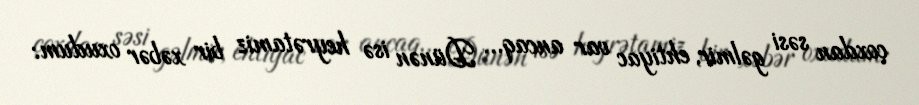
çoxdan səsi gəlmir, ehtiyac var ancaq... Dünən isə heyrətamiz bir xəbər oxudum: